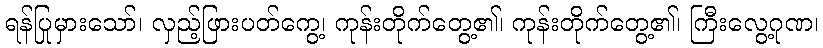
ရန်ပြုမှားသော်၊ လှည့်ဖြားပတ်ကွေ့၊ ကုန်းတိုက်တွေ့၏၊ ကုန်းတိုက်တွေ့၏၊ ကြီးလွေ့ဂုဏ၊